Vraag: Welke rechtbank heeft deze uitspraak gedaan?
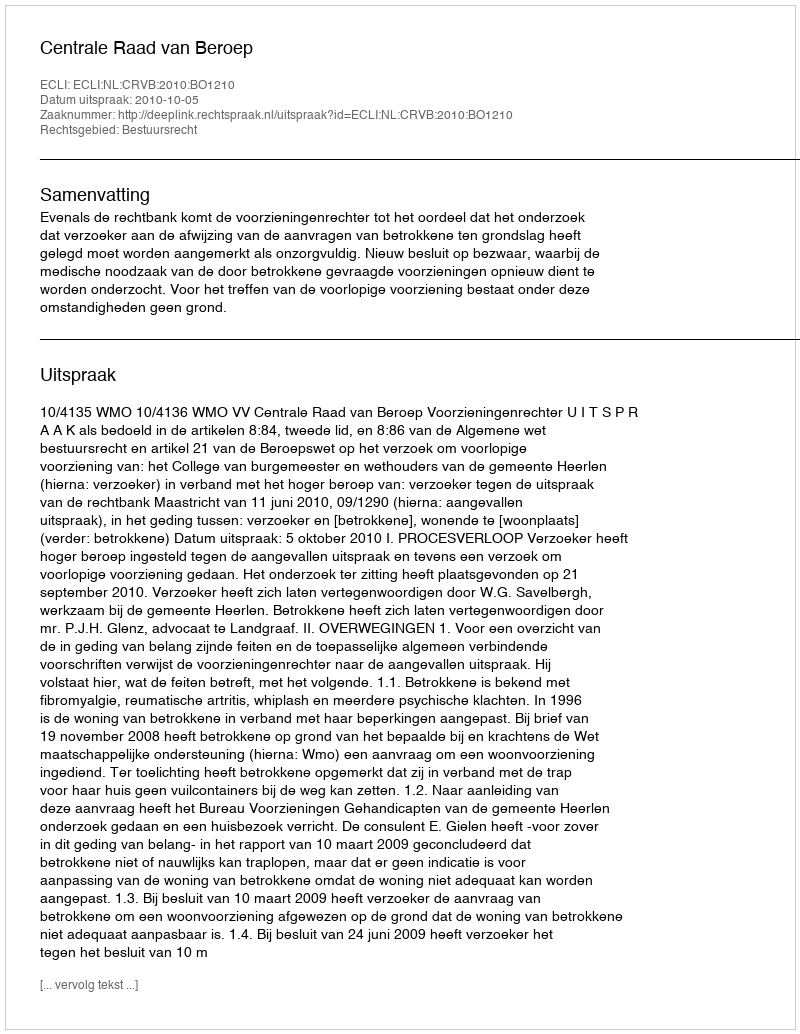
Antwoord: Centrale Raad van Beroep